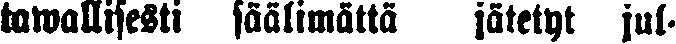
tawallisesti säälimättä jätetyt jul-